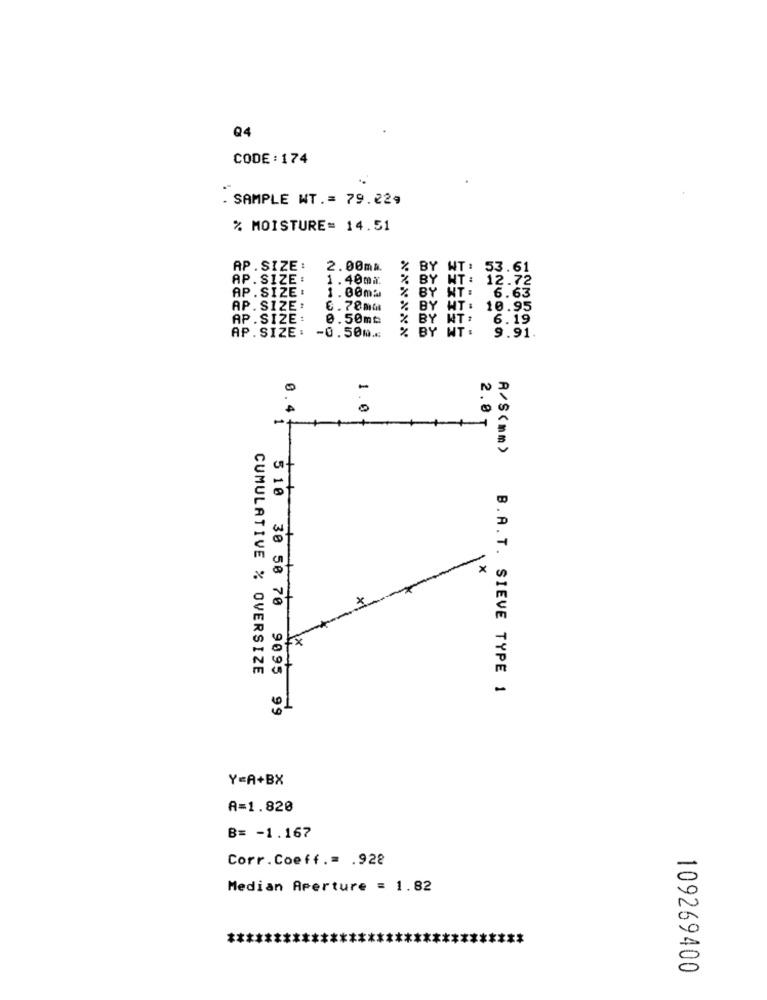
Q4
CODE : 174
. SAMPLE WT .= 79.229
% MOISTURE= 14.51
AP. SIZE :
2.00mm.
BY
WT:
53.61
AP. SIZE:
1.40mm.
% BY NT:
12.72
AP. SIZE :
1.00mm
% BY NT: 6.63
AP.SIZE:
6.78mm
BY WT: 10.95
AP. SIZE:
0.50mm
% BY NT:
6.19
% BY WT.
AP.SIZE: - 0.50m.
9.91
0
1.0
2.8
0.4:
A/ S ( mm)
1×
CUMULATIVE % OVERSIZE
B.A.T. SIEVE TYPE 1
5 10 38 58 70 9095 99
Y=A+BX
A=1.820
B= - 1.167
Corr.Coeff .= . 928
0
Median Aperture = 1.82
0
0
109269400